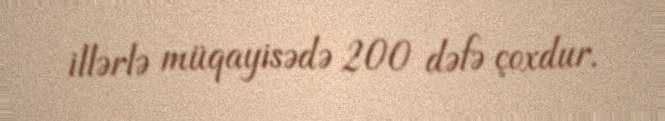
illərlə müqayisədə 200 dəfə çoxdur.